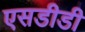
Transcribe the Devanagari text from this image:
एसडीडी